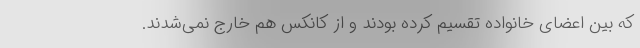
که بین اعضای خانواده تقسیم کرده بودند و از کانکس هم خارج نمی‌شدند.